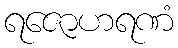
ရဇောဟရဏံ